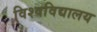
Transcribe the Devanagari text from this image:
विश्‍वविद्यालय